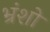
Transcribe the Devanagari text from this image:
भ्रंशो